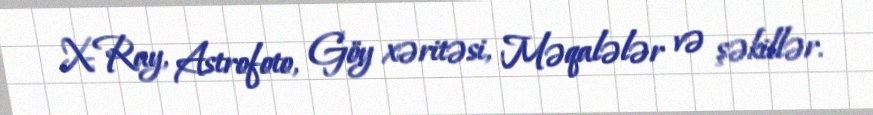
X-Ray, Astrofoto, Göy xəritəsi, Məqalələr və şəkillər.